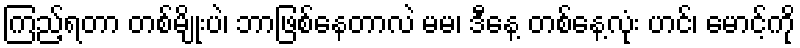
ကြည့်ရတာ တစ်မျိုးပဲ၊ ဘာဖြစ်နေတာလဲ မမ၊ ဒီနေ့ တစ်နေ့လုံး ဟင်၊ မောင့်ကို